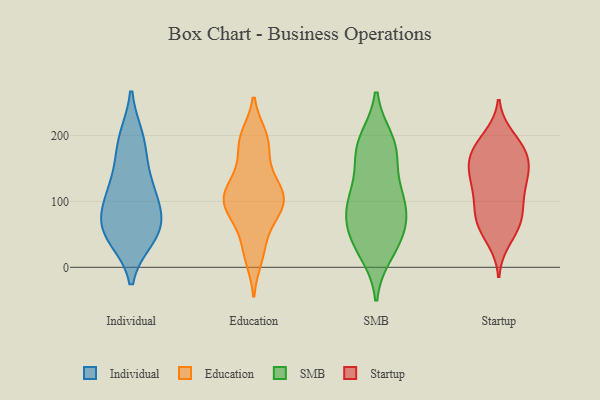
{"axis": {"x": "Active Users", "y": "Value"}, "legend": ["Education", "Individual", "SMB", "Startup"], "data": [{"x": "", "y": 195, "type": "Individual"}, {"x": "", "y": 118, "type": "Individual"}, {"x": "", "y": 71, "type": "Individual"}, {"x": "", "y": 151, "type": "Individual"}, {"x": "", "y": 62, "type": "Individual"}, {"x": "", "y": 52, "type": "Individual"}, {"x": "", "y": 107, "type": "Individual"}, {"x": "", "y": 192, "type": "Individual"}, {"x": "", "y": 103, "type": "Individual"}, {"x": "", "y": 46, "type": "Individual"}, {"x": "", "y": 54, "type": "Individual"}, {"x": "", "y": 197, "type": "Education"}, {"x": "", "y": 90, "type": "Education"}, {"x": "", "y": 200, "type": "Education"}, {"x": "", "y": 121, "type": "Education"}, {"x": "", "y": 102, "type": "Education"}, {"x": "", "y": 65, "type": "Education"}, {"x": "", "y": 90, "type": "Education"}, {"x": "", "y": 13, "type": "Education"}, {"x": "", "y": 32, "type": "Education"}, {"x": "", "y": 152, "type": "Education"}, {"x": "", "y": 120, "type": "Education"}, {"x": "", "y": 92, "type": "Education"}, {"x": "", "y": 181, "type": "Education"}, {"x": "", "y": 116, "type": "Education"}, {"x": "", "y": 97, "type": "SMB"}, {"x": "", "y": 183, "type": "SMB"}, {"x": "", "y": 46, "type": "SMB"}, {"x": "", "y": 191, "type": "SMB"}, {"x": "", "y": 109, "type": "SMB"}, {"x": "", "y": 81, "type": "SMB"}, {"x": "", "y": 173, "type": "SMB"}, {"x": "", "y": 51, "type": "SMB"}, {"x": "", "y": 111, "type": "SMB"}, {"x": "", "y": 175, "type": "SMB"}, {"x": "", "y": 24, "type": "SMB"}, {"x": "", "y": 90, "type": "SMB"}, {"x": "", "y": 40, "type": "SMB"}, {"x": "", "y": 122, "type": "Startup"}, {"x": "", "y": 188, "type": "Startup"}, {"x": "", "y": 150, "type": "Startup"}, {"x": "", "y": 197, "type": "Startup"}, {"x": "", "y": 77, "type": "Startup"}, {"x": "", "y": 82, "type": "Startup"}, {"x": "", "y": 175, "type": "Startup"}, {"x": "", "y": 157, "type": "Startup"}, {"x": "", "y": 103, "type": "Startup"}, {"x": "", "y": 61, "type": "Startup"}, {"x": "", "y": 127, "type": "Startup"}, {"x": "", "y": 172, "type": "Startup"}, {"x": "", "y": 182, "type": "Startup"}, {"x": "", "y": 42, "type": "Startup"}, {"x": "", "y": 116, "type": "Startup"}, {"x": "", "y": 60, "type": "Startup"}, {"x": "", "y": 146, "type": "Startup"}, {"x": "", "y": 149, "type": "Startup"}, {"x": "", "y": 77, "type": "Startup"}]}